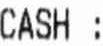
CASH: